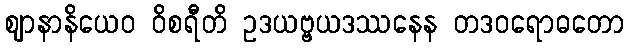
ဈာနာနိယေဝ ဝိစရီတိ ဥဒယဗ္ဗယဒဿနေန တဒဝရောဓတော